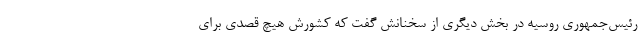
رئیس‌جمهوری روسیه در بخش دیگری از سخنانش گفت که کشورش هیچ قصدی برای